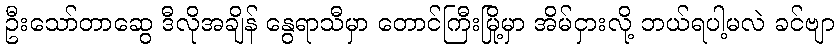
ဦးသော်တာဆွေ ဒီလိုအချိန် နွေရာသီမှာ တောင်ကြီးမြို့မှာ အိမ်ငှားလို့ ဘယ်ရပါ့မလဲ ခင်ဗျာ